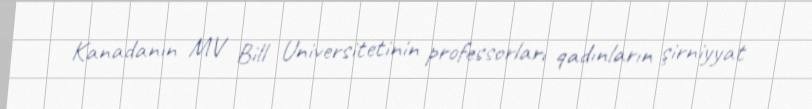
Kanadanın MV Bill Universitetinin professorları qadınların şirniyyat